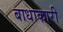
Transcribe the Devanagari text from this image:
बाधाकारी